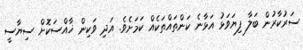
ސަރުކާރުން ބަލާ ފިޔަވަޅު އަޅާނެ ކަންތައްތަކެއް ކަމަށެވެ. އަދި ވަކިން ޚާއްސަކޮށް ސިޔާސީ